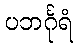
ပဘင်္ဂုရံ